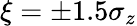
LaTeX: \xi=\pm 1.5\sigma_{z}